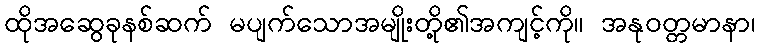
ထိုအဆွေခုနစ်ဆက် မပျက်သောအမျိုးတို့၏အကျင့်ကို။ အနုဝတ္တမာနာ၊